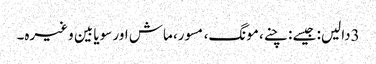
3دالیں: جیسے : چنے، مونگ، مسور، ماش اور سویا بین وغیرہ۔